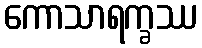
ကောသာရက္ခဿ